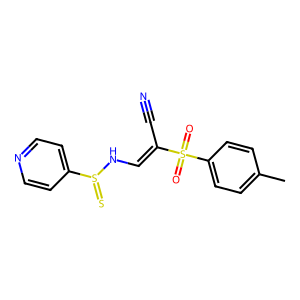
SMILES: Cc1ccc(S(=O)(=O)C(C#N)=CNS(=S)c2ccncc2)cc1
Inhibits HIV replication: No